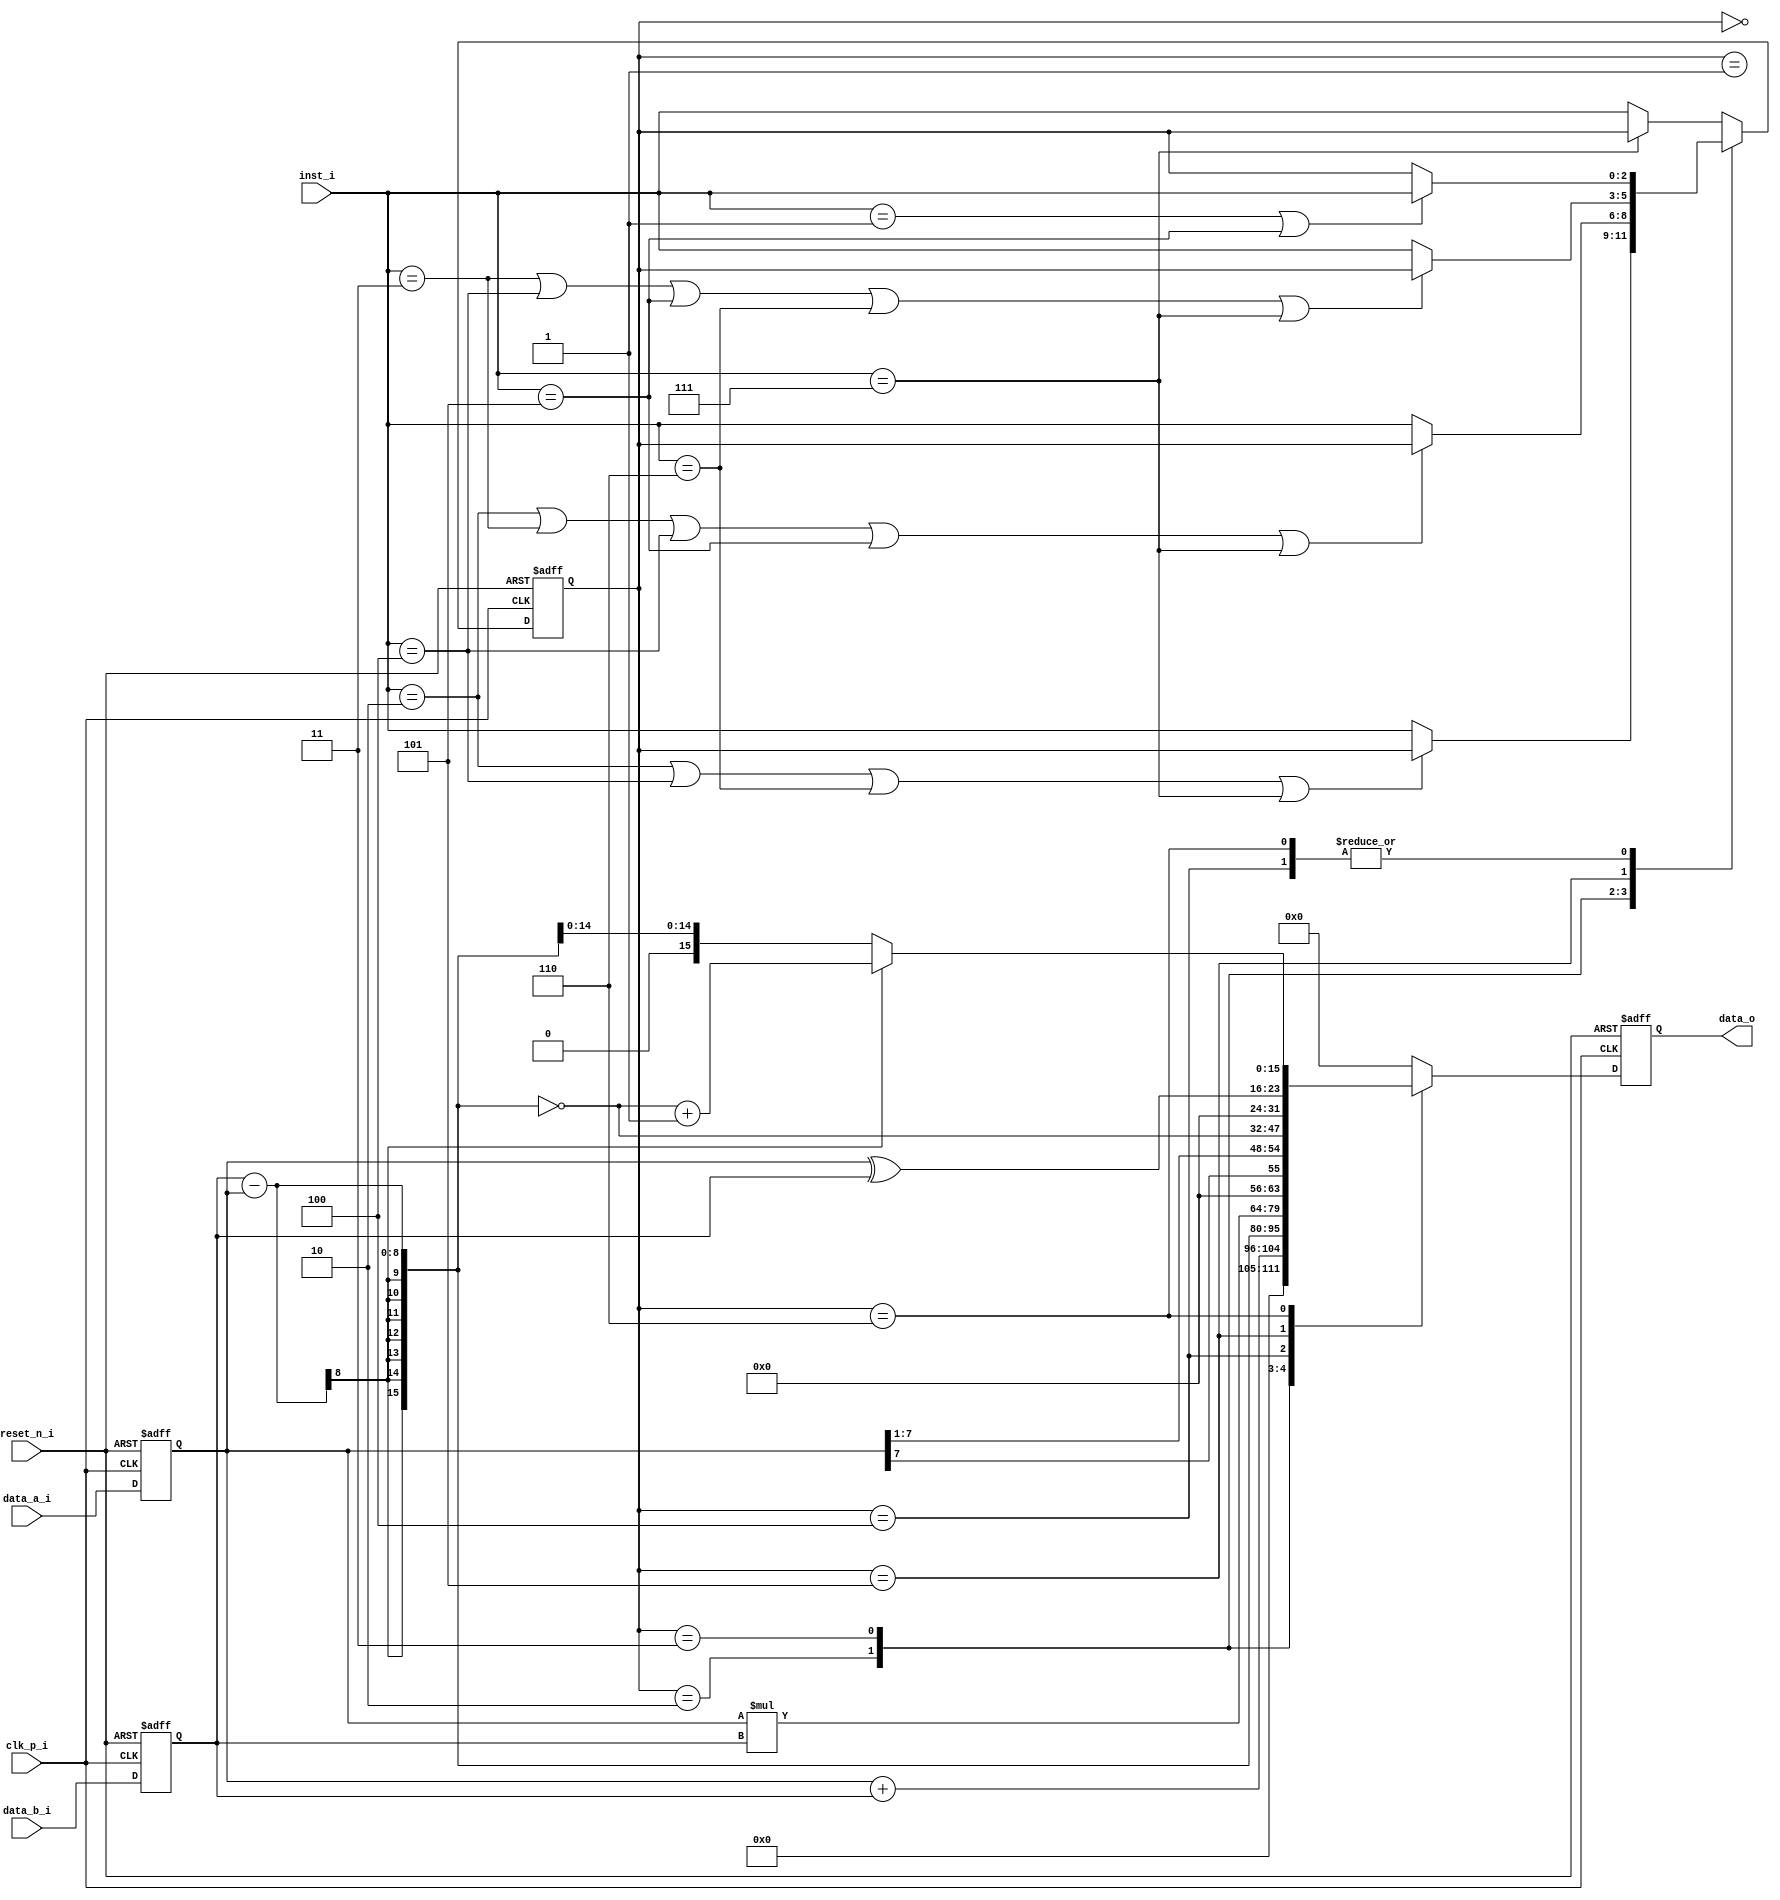
//ICDLAB HW1
//ID: R12945050

`define S0 3'b000
`define S1 3'b001
`define S2 3'b010
`define S3 3'b011
`define S4 3'b100
`define S5 3'b101
`define S6 3'b110
`define S7 3'b111

module alu(
             clk_p_i,
             reset_n_i,
             data_a_i,
             data_b_i,
             inst_i,
             data_o
             );

  /*========================IO declaration============================ */	  

    input           clk_p_i;
    input           reset_n_i;
    input   [7:0]   data_a_i;
    input   [7:0]   data_b_i;
    input   [2:0]   inst_i;

    output  [15:0]  data_o;

  /* =======================REG & wire================================ */
	  
    //declare reg&wire you need
    wire    [15:0]  out_inst_0;
    wire    [15:0]  out_inst_1;
    wire    [15:0]  out_inst_2;
    wire    [15:0]  out_inst_3;
    wire    [15:0]  out_inst_4;
    wire    [15:0]  out_inst_5;
    wire    [15:0]  out_inst_6;

    reg     [15:0]  ALU_out_inst;
    wire    [15:0]  ALU_d2_w;
    reg     [15:0]  ALU_d2_r;
    
    reg     [7:0]   reg_data_a, reg_data_b;
    reg     [2:0]   state, next_state;

  /* ====================Combinational Part================== */

    //next-next_state logic
    always @(*) begin
      if(inst_i == `S7) next_state <= state;
      else next_state <= inst_i;
      case(state)
        `S2: begin
          if (inst_i == `S2 | inst_i == `S4 | inst_i == `S6 | inst_i == `S7) next_state <= state;
          else next_state <= inst_i;
        end
        `S3: begin
          if (inst_i == `S2 | inst_i == `S3 | inst_i == `S4 | inst_i == `S5 | inst_i == `S7) next_state <= state;
          else next_state <= inst_i;
        end
        `S4: begin
          if (inst_i == `S1 | inst_i == `S5) next_state <= inst_i;
          else next_state <= state;
        end
        `S5: begin
          if (inst_i == `S3 | inst_i == `S4 | inst_i == `S5 | inst_i == `S6 | inst_i == `S7) next_state <= state;
          else next_state <= inst_i;
        end
        `S6: begin
          if (inst_i == `S1 | inst_i == `S5) next_state <= inst_i;
          else next_state <= state;
        end
      endcase
    end			  
			  
    // output logic
    always@ (*) begin
      ALU_out_inst = 0;
      case(state)
        `S0: ALU_out_inst = out_inst_0;           
        `S1: ALU_out_inst = out_inst_1;
        `S2: ALU_out_inst = out_inst_2;
        `S3: ALU_out_inst = out_inst_3;
        `S4: ALU_out_inst = out_inst_4;
        `S5: ALU_out_inst = out_inst_5;
        `S6: ALU_out_inst = out_inst_6;
      endcase
    end

    assign ALU_d2_w = ALU_out_inst;
    assign data_o   = ALU_d2_r;

    assign out_inst_0 = {8'b0, reg_data_a[7:0]} + {8'b0, reg_data_b[7:0]};
    assign out_inst_1 = {8'b0, reg_data_b[7:0]} - {8'b0, reg_data_a[7:0]};
    assign out_inst_2 = {8'b0, reg_data_a[7:0]} * {8'b0, reg_data_b[7:0]};
    assign out_inst_3 = {8'b0, reg_data_a[7], reg_data_a[7:1]};
    assign out_inst_4 = ~out_inst_1;
    assign out_inst_5 = {8'b0, reg_data_a[7:0] ^ reg_data_b[7:0]};
    assign out_inst_6 = out_inst_1[15] ? ~out_inst_1+1 : out_inst_1;

  /* ====================Sequential Part=================== */

    always@(posedge clk_p_i or negedge reset_n_i) begin
      if (reset_n_i == 1'b0) begin
        state   <= 8'd0;
        reg_data_a <= 8'd0;
        reg_data_b <= 8'd0;
        ALU_d2_r   <= 16'd0;
      end
      else begin
        ALU_d2_r   <= ALU_d2_w;
        state   <= next_state;
        reg_data_a <= data_a_i;
        reg_data_b <= data_b_i;
      end
    end

  /* ====================================================== */

endmodule